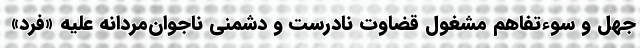
جهل و سوءتفاهم مشغول قضاوت نادرست و دشمنی ناجوان‌مردانه عليه «فرد»